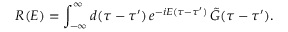
{ \cal R } ( { \cal E } ) = \int _ { - \infty } ^ { \infty } d ( \tau - \tau ^ { \prime } ) \, e ^ { - i { \cal E } ( \tau - \tau ^ { \prime } ) } \, { \tilde { G } } ( \tau - \tau ^ { \prime } ) .